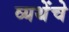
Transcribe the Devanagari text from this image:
व्यथेंचे